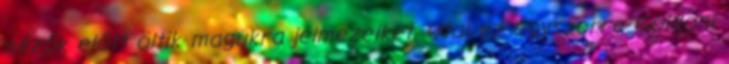
nézők előtt öltik magukra jelmezeiket. Utal ez egyszerre Goldoni